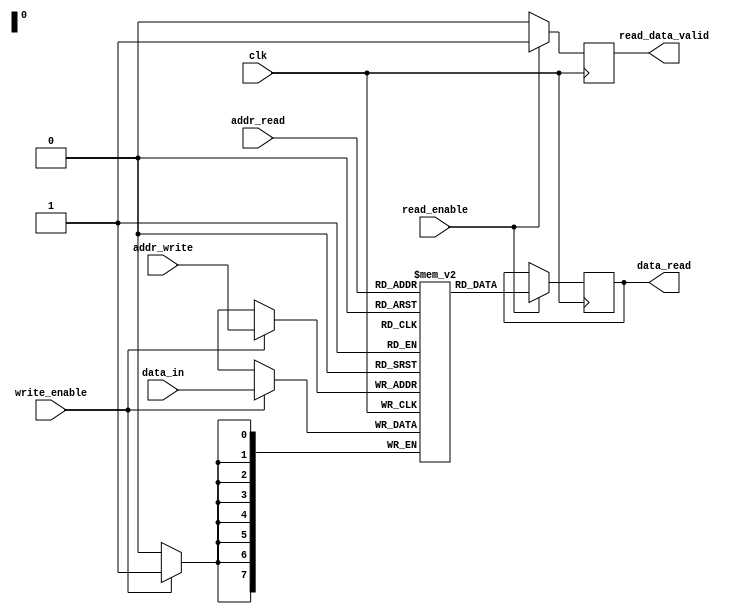
module DualPortRAM (
    input wire clk,
    input wire [7:0] addr_read,
    input wire [7:0] addr_write,
    input wire [7:0] data_in,
    input wire read_enable,
    input wire write_enable,
    output reg [7:0] data_read,
    output reg read_data_valid
);

reg [7:0] mem [0:255];

always @(posedge clk) begin
    if (read_enable) begin
        data_read <= mem[addr_read];
        read_data_valid <= 1;
    end else begin
        read_data_valid <= 0;
    end
    
    if (write_enable) begin
        mem[addr_write] <= data_in;
    end
end

endmodule